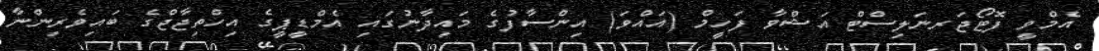
އެމްވީ ފޮޓޯޖަރނަލިސްޓް އަޝްވާ ފަހީމް (އައްވަ) އިންސާފުގެ މައިދާނުގައި އެމްޑީޕީގެ އިހްތިޖާޖްގެ ބައިވެރިންނާ